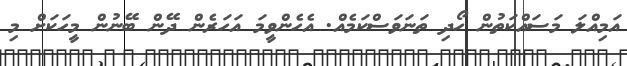
އަމިއްލަ މަސައްކަތުން ހޯދި ތަނަވަސްކަމެއް. އެހެންވީމަ އަހަރެން ދޭން ބޭނުން މީހަކަށް މި